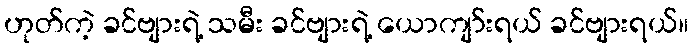
ဟုတ်ကဲ့ ခင်ဗျားရဲ့ သမီး ခင်ဗျားရဲ့ ယောကျာ်းရယ် ခင်ဗျားရယ်။